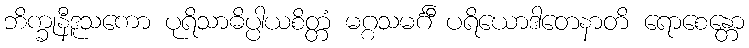
ဘိက္ခုနီဒူသကော ပုရိသာဓိပ္ပါယစိတ္တံ မဂ္ဂသမင်္ဂီ ပရိယောဒါတေနာတိ ရောစေန္တော